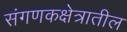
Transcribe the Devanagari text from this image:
संगणकक्षेत्रातील